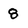
Character: 8